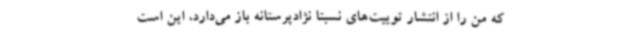
که من را از انتشار توییت‌های نسبتا نژادپرستانه باز می‌دارد، این است